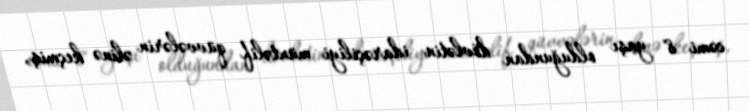
cəmi 8 yaşı olduğundan dövlətin idarəçiliyi müxtəlif qüvvələrin əlinə keçmiş,